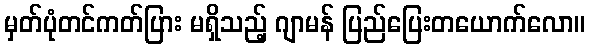
မှတ်ပုံတင်ကတ်ပြား မရှိသည့် ဂျာမန် ပြည်ပြေးတယောက်လော။